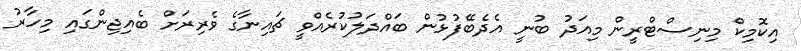
އިކޮމިކް މިނިސްޓްރީން މިއަދު ބުނީ އެދެބޭފުޅުން ބައްދަލުކުރެއްވީ ޗައިނާގެ ވެރިރަށް ބެއިޖިންގައި މިހާރު